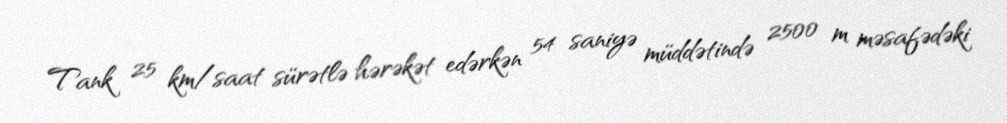
Tank 25 km/saat sürətlə hərəkət edərkən 54 saniyə müddətində 2500 m məsafədəki